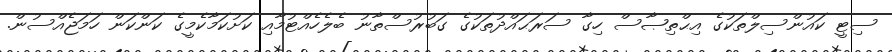
ސިޓީ ކައުންސިލްތަކުގެ އިޙްތިޞާސް ހިގާ ސަރަޙައްދުތަކުގެ ގަބުރުސްތާނު ބެލެހެއްޓުމާއި ކަށުކަމާކެމީގެ ކަންކަން ހަމަޖެއްސުން.